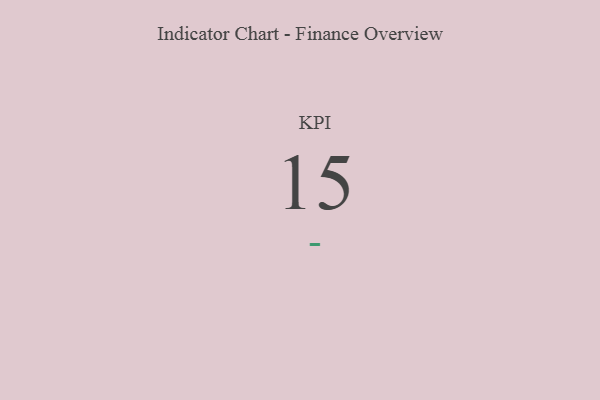
{"axis": {"x": "KPI", "y": "Value"}, "legend": [""], "data": [{"x": "KPI", "y": 15, "type": ""}]}